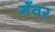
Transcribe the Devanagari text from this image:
गँवर